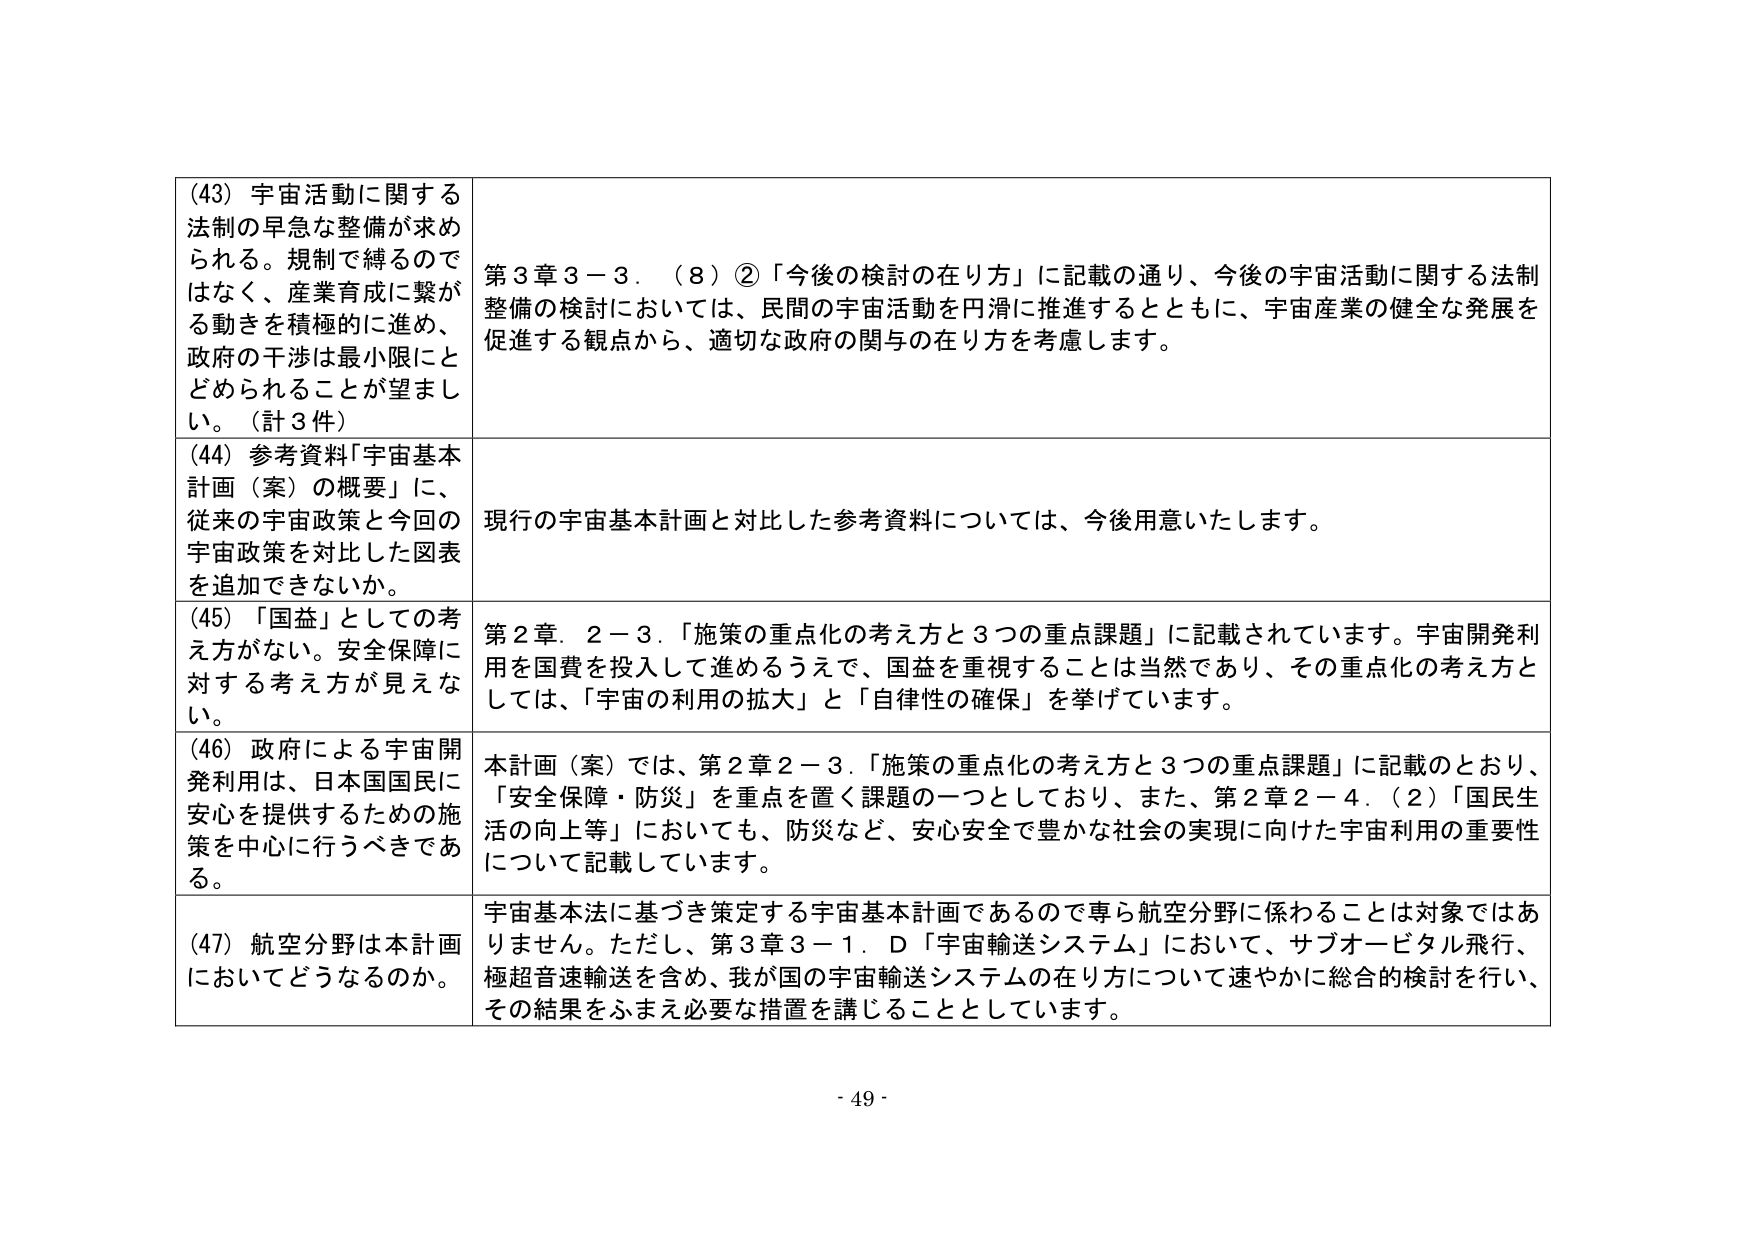
(43) 宇宙活動に関する法制の早急な整備が求められる。規制で縛るのではなく、産業育成に繋がる動きを積極的に進め、政府の干渉は最小限にとどめられることが望ましい。（計3件）

(44) 参考資料「宇宙基本計画（案）の概要」に、従来の宇宙政策と今回の宇宙政策を対比した図表を追加できないか。

(45) 「国益」としての考え方がない。安全保障に対する考え方が見えない。

(46) 政府による宇宙開発利用は、日本国国民に安心を提供するための施策を中心に行うべきである。

(47) 航空分野は本計画においてどうなるのか。

第3章3－3．（8）②「今後の検討の在り方」に記載の通り、今後の宇宙活動に関する法制整備の検討においては、民間の宇宙活動を円滑に推進するとともに、宇宙産業の健全な発展を促進する観点から、適切な政府の関与の在り方を考慮します。

現行の宇宙基本計画と対比した参考資料については、今後用意いたします。

第2章．2－3．「施策の重点化の考え方と3つの重点課題」に記載されています。宇宙開発利用を国費を投入して進めるうえで、国益を重視することは当然であり、その重点化の考え方としては、「宇宙の利用の拡大」と「自律性の確保」を挙げています。

本計画（案）では、第2章2－3．「施策の重点化の考え方と3つの重点課題」に記載のとおり、「安全保障・防災」を重点を置く課題の一つとしており、また、第2章2－4．（2）「国民生活の向上等」においても、防災など、安心安全で豊かな社会の実現に向けた宇宙利用の重要性について記載しています。

宇宙基本法に基づき策定する宇宙基本計画であるので専ら航空分野に係わることは対象ではありません。ただし、第3章3－1．D「宇宙輸送システム」において、サブオービタル飛行、極超音速輸送を含め、我が国の宇宙輸送システムの在り方について速やかに総合的検討を行い、その結果をふまえ必要な措置を講じることとしています。

- 49 -